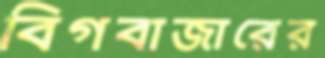
বিগবাজারের